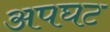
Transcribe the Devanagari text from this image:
अपघट